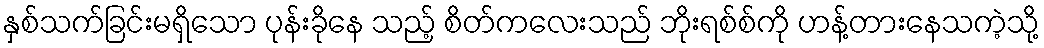
နှစ်သက်ခြင်းမရှိသော ပုန်းခိုနေ သည့် စိတ်ကလေးသည် ဘိုးရစ်စ်ကို ဟန့်တားနေသကဲ့သို့